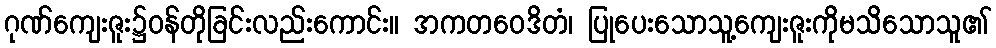
ဂုဏ်ကျေးဇူး၌ဝန်တိုခြင်းလည်းကောင်း။ အကတဝေဒိတံ၊ ပြုပေးသောသူ့ကျေးဇူးကိုမသိသောသူ၏